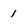
Character: 1